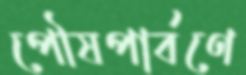
পৌষপার্বণে